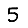
Digit: 5